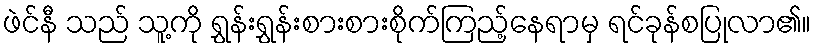
ဖဲင်နီ သည် သူ့ကို ရွှန်းရွှန်းစားစားစိုက်ကြည့်နေရာမှ ရင်ခုန်စပြုလာ၏။